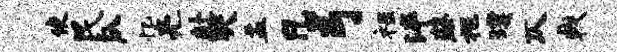
使民瓜忆亮赴哭盂凡弓禄泮蔡挹璞仄戟